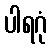
ပါရဂုံ